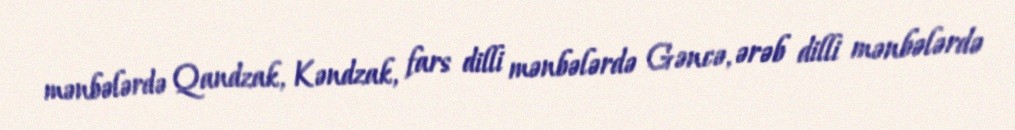
mənbələrdə Qandzak, Kəndzak, fars dilli mənbələrdə Gəncə, ərəb dilli mənbələrdə